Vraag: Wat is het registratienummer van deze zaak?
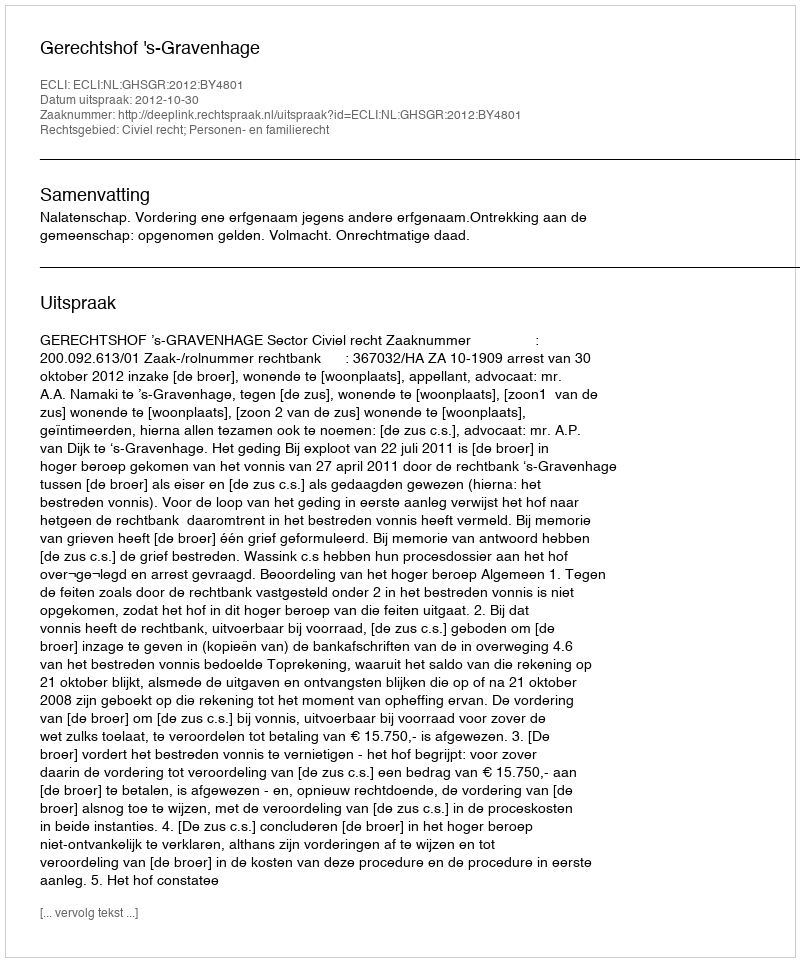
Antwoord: http://deeplink.rechtspraak.nl/uitspraak?id=ECLI:NL:GHSGR:2012:BY4801